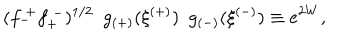
LaTeX: ( f _ { - } ^ { ~ + } f _ { + } ^ { ~ - } ) ^ { 1 / 2 } ~ ~ g _ { ( + ) } ( \xi ^ { ( + ) } ) ~ ~ g _ { ( - ) } ( \xi ^ { ( - ) } ) \equiv e ^ { 2 W } ,